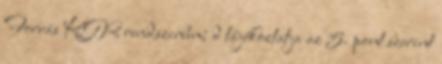
Forrás KGR rendszerben; d tájékoztatja az 5. pont szerint